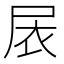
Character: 𱚸